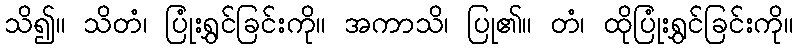
သိ၍။ သိတံ၊ ပြုံးရွှင်ခြင်းကို။ အကာသိ၊ ပြု၏။ တံ၊ ထိုပြုံးရွှင်ခြင်းကို။